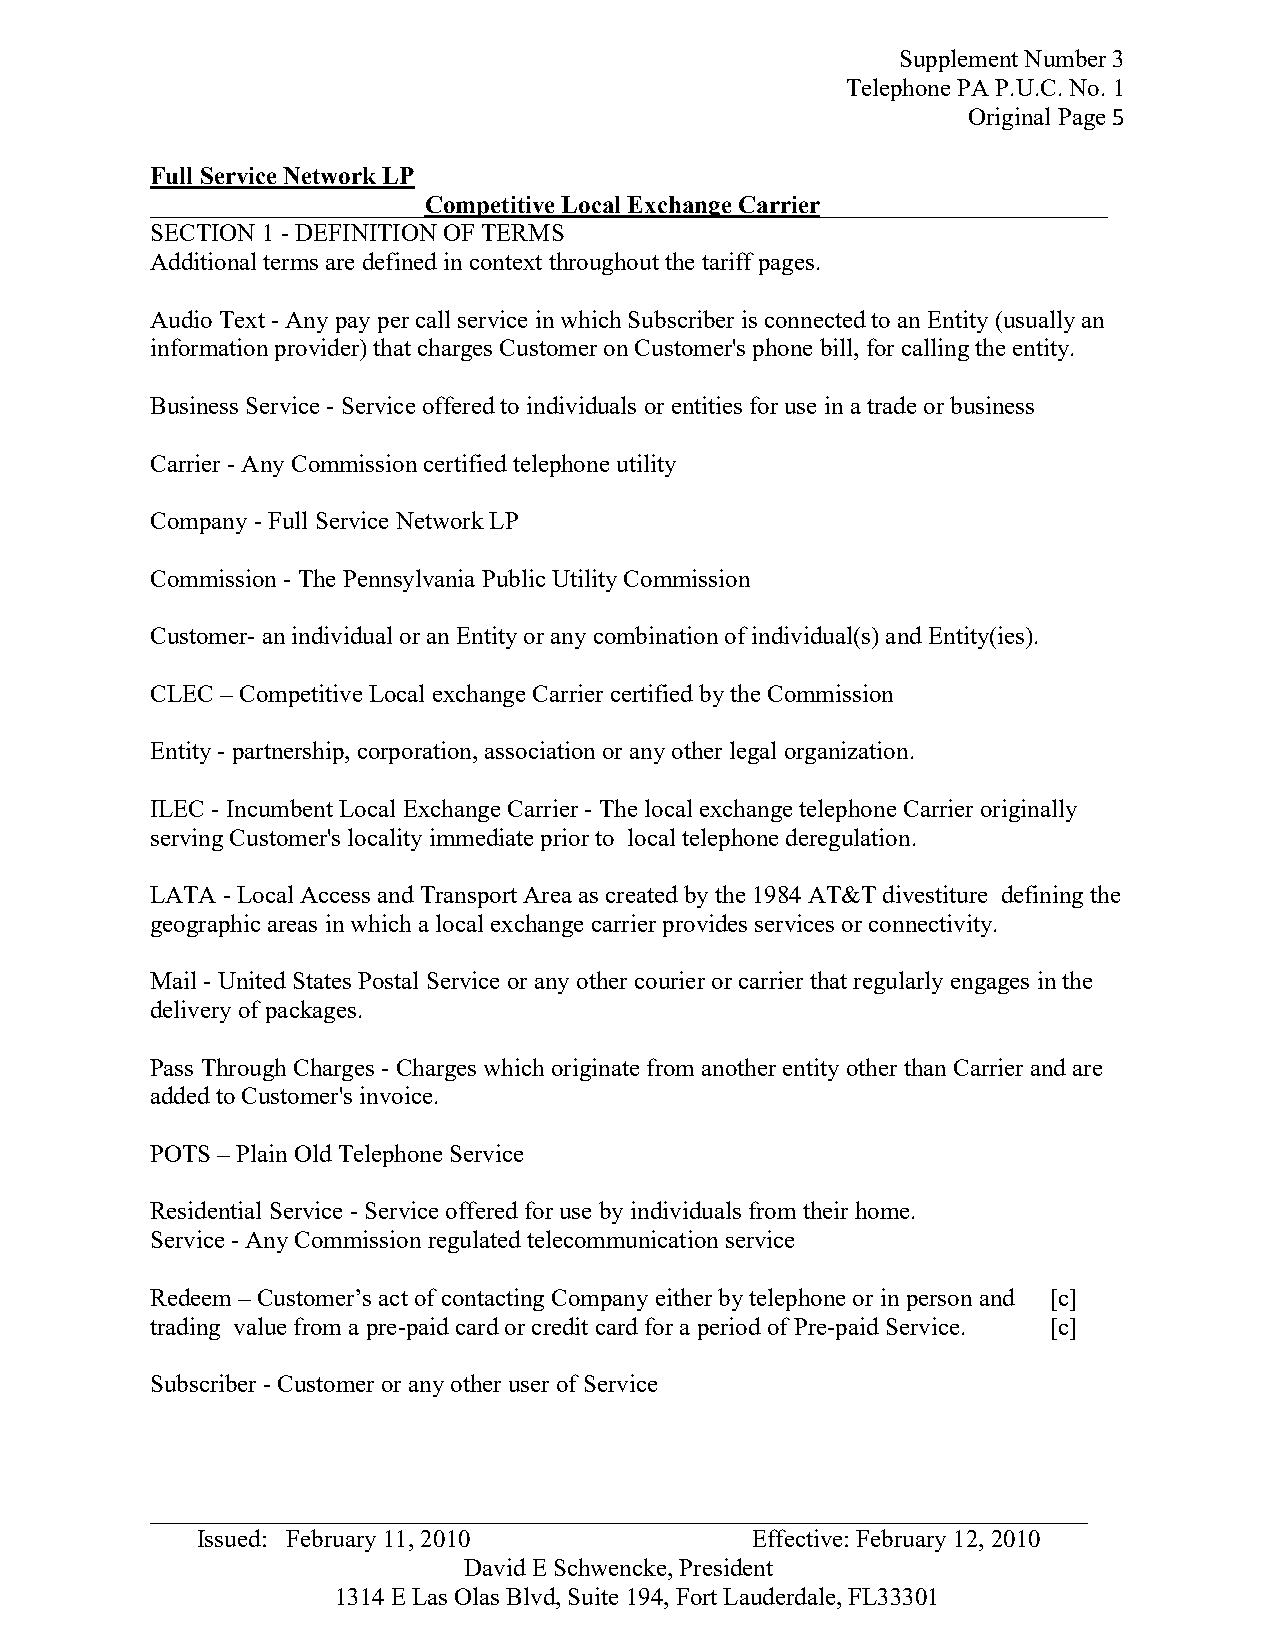
Supplement Number 3
 Telephone PA P.U.C. No. 1
 Original Page 5
 Full Service Network LP
 ______________________Competitive Local Exchange Carrier_______________________
 SECTION 1 - DEFINITION OF TERMS
 Additional terms are defined in context throughout the tariff pages.
 Audio Text - Any pay per call service in which Subscriber is connected to an Entity (usually an
 information provider) that charges Customer on Customer's phone bill, for calling the entity.
 Business Service - Service offered to individuals or entities for use in a trade or business
 Carrier - Any Commission certified telephone utility
 Company - Full Service Network LP
 Commission - The Pennsylvania Public Utility Commission
 Customer- an individual or an Entity or any combination of individual(s) and Entity(ies).
 CLEC – Competitive Local exchange Carrier certified by the Commission
 Entity - partnership, corporation, association or any other legal organization.
 ILEC - Incumbent Local Exchange Carrier - The local exchange telephone Carrier originally
 serving Customer's locality immediate prior to local telephone deregulation.
 LATA - Local Access and Transport Area as created by the 1984 AT&T divestiture defining the
 geographic areas in which a local exchange carrier provides services or connectivity.
 Mail - United States Postal Service or any other courier or carrier that regularly engages in the
 delivery of packages.
 Pass Through Charges - Charges which originate from another entity other than Carrier and are
 added to Customer's invoice.
 POTS – Plain Old Telephone Service
 Residential Service - Service offered for use by individuals from their home.
 Service - Any Commission regulated telecommunication service
 Redeem – Customer’s act of contacting Company either by telephone or in person and [c]
 trading value from a pre-paid card or credit card for a period of Pre-paid Service. [c]
 Subscriber - Customer or any other user of Service
 _ __________________________________________________________________________
 Issued: February 11, 2010            Effective: February 12, 2010
 David E Schwencke, President
 1314 E Las Olas Blvd, Suite 194, Fort Lauderdale, FL33301